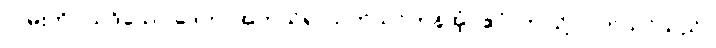
လမ်းကို။ ယဒိသော ဒေတ၊ အကယ်၍ သုတ်သင်ကုန်အံ့။ ဧဝံ၊ ဤသို့ သုတ်သင်သည်။